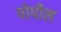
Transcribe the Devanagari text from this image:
पोपील